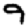
Digit: 9